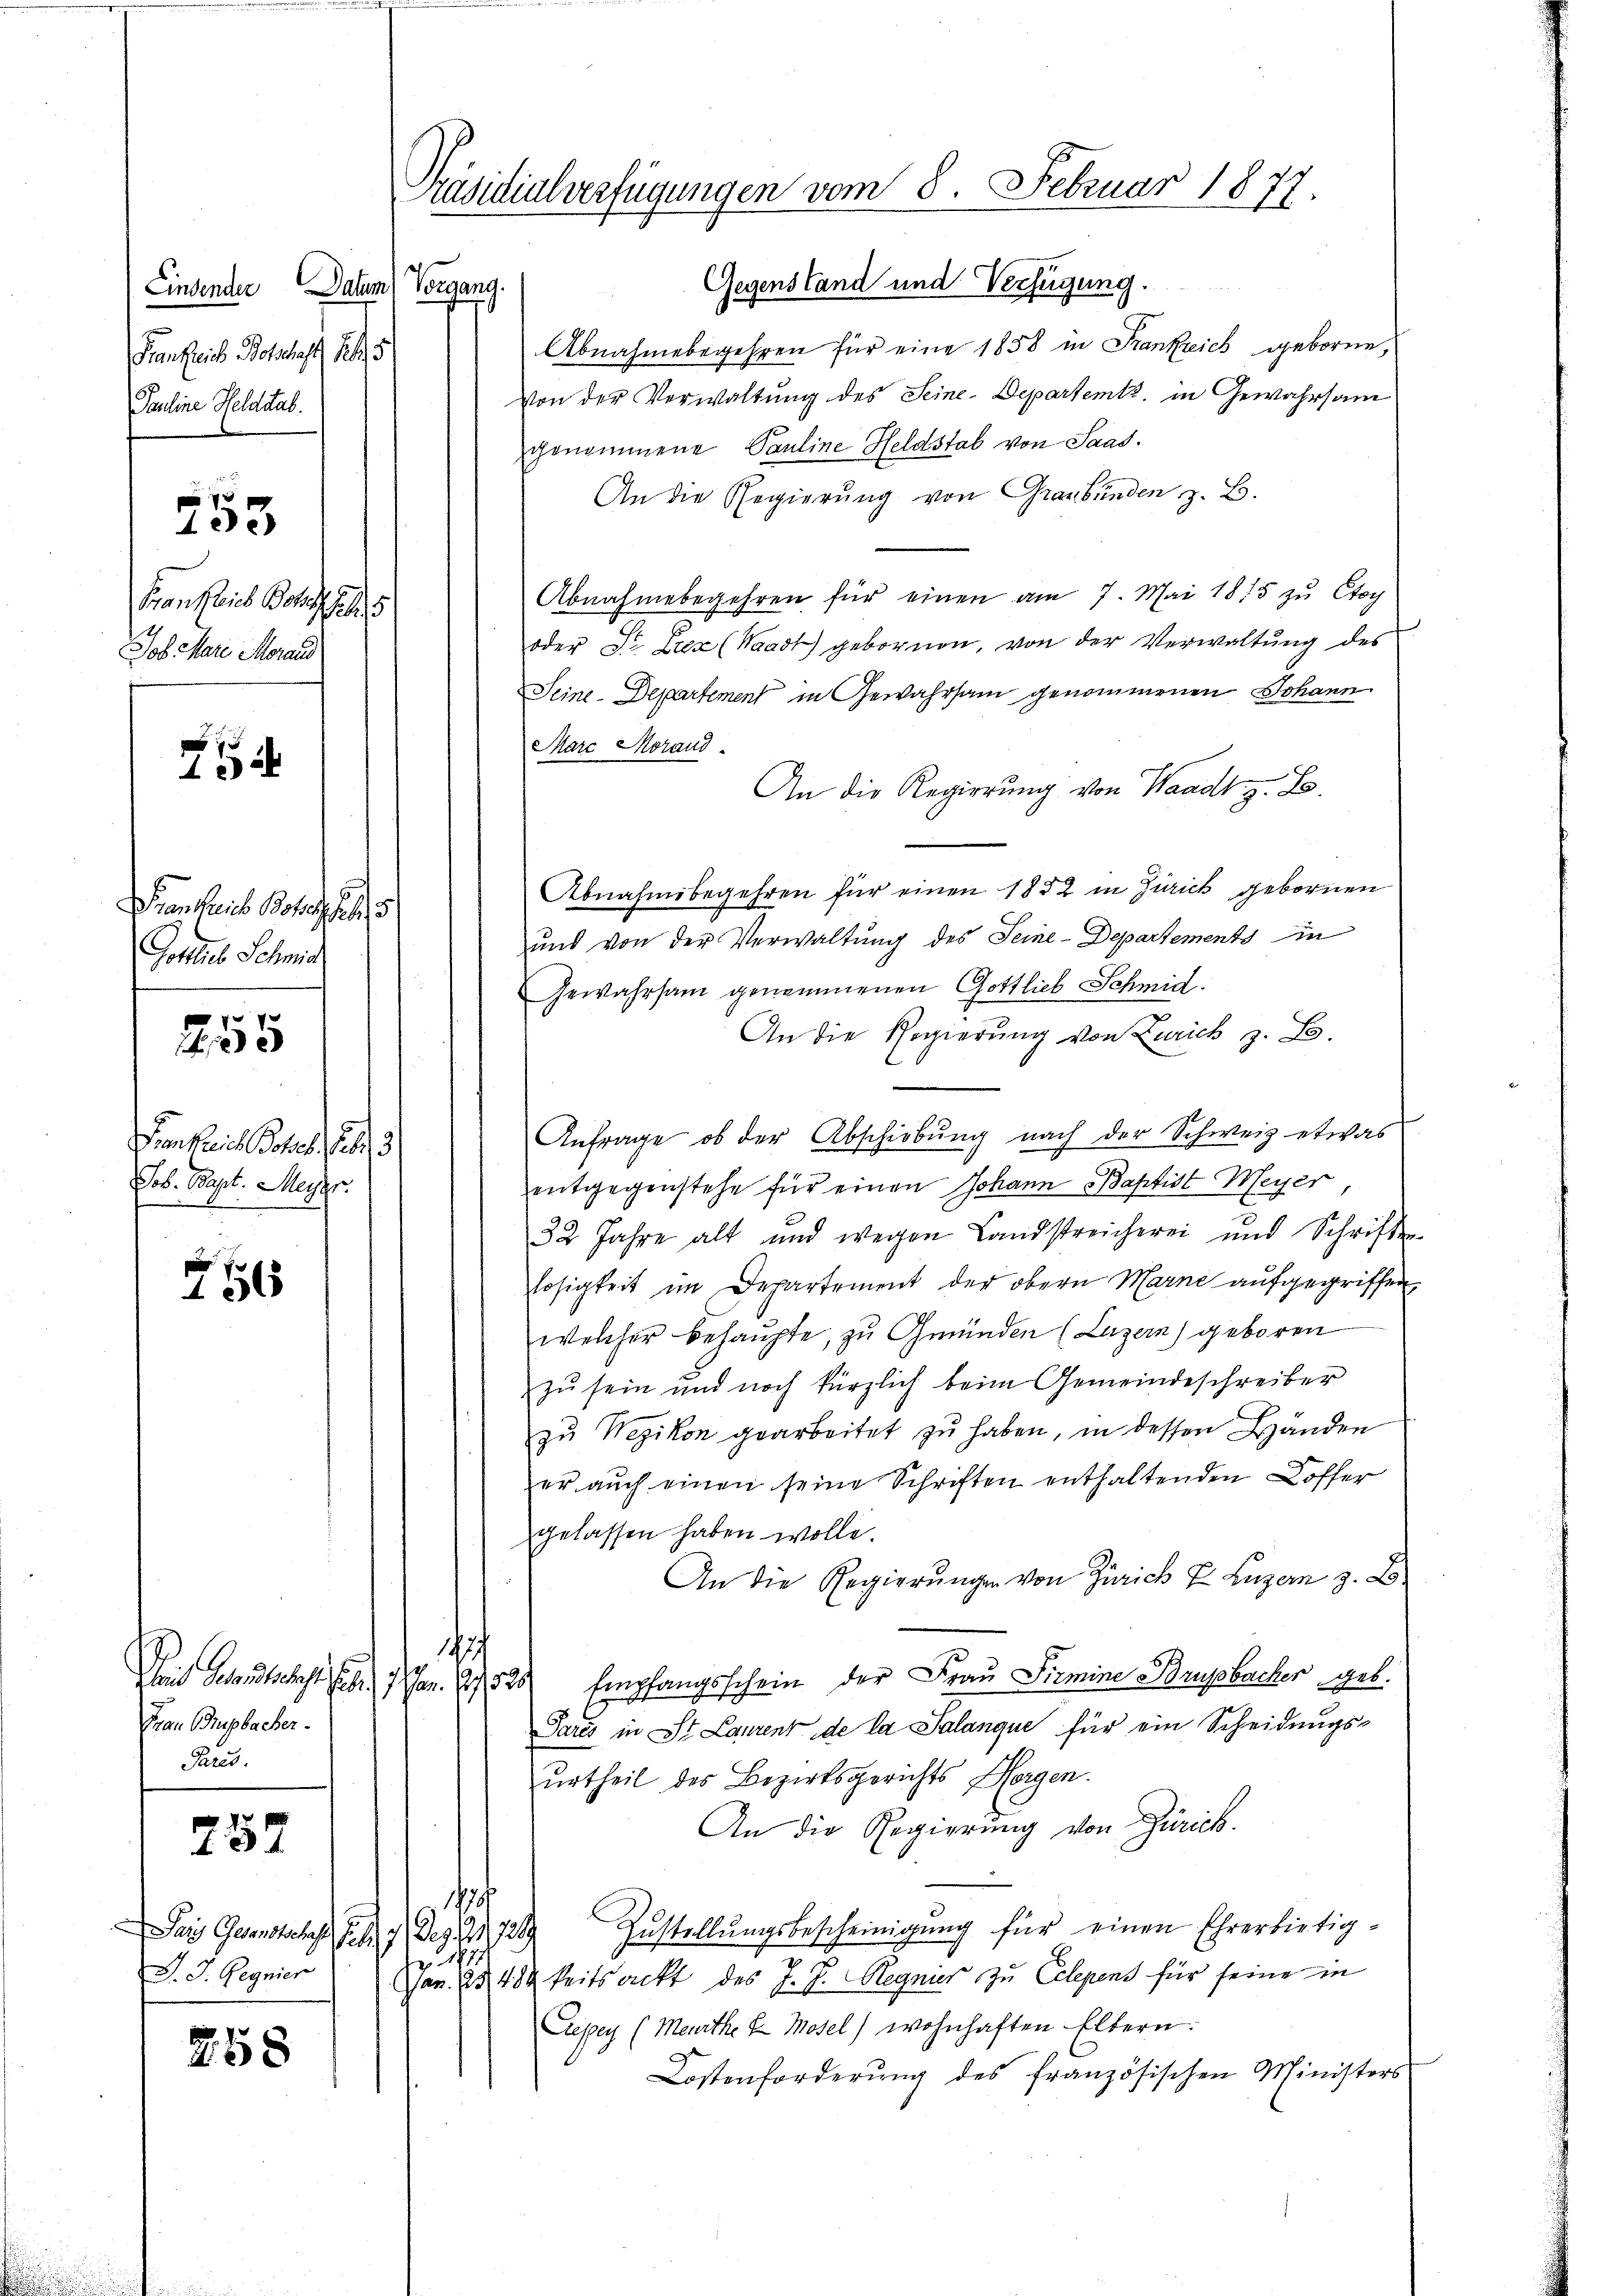
Lindender Datum
Frankreis Botschaft 1875
Pauline Heldstab.

e
133

Frankreis Botsch
Job Mare Moraus

1

Manches Boten hat
Gottes Schmid

55

Die Paris Boten
Job. Bapt. Meyer

26

Frau Brupbacher.
Paris.

757

Das Gernstehen S. 119.) Das 2, 1789
J. J. Gegnier

258

Präsidialverfügungen vom 8. Februar 1877.

Gegenstand und Verfügung.
Vorgang.
guch
Abnahmebegehren für eine 1858 in Frankreich geboren,
Von der Verwaltung des Seine-Departemtz, in Gewahrsam
genommene Pauline Heldstab von Saad.
An die Regierung von Graubünden z. B.
Abnahmebegehren für einen am 7. Mai 1815 zu Ctoy
oder St. Liez (Waadt) gebornen, von der Verwaltung des
Seine-Departement in Gewahrsam genommenen Johann
Marc Morand
An die Regierung von Waadt z. B.
Abnahmsbegehren für einen 1882 in Zürick gebornen
und von der Verwaltung des Seine-Departements in
Gewahrsam genommenen Gottlieb Schmid.
An die Regierung von Zürich z. B.
Anfrage, ob der Abschiebung nach der Schweiz etwas
entgegenstehe für einen Johann Baptist Meyer
32 Jahre alt und wegen Landstreicherei und Schriften
losigkeit im Departement der obern Marne aufgegriffen,
welcher behaupte, zu Gmünden (Luzern) geboren
zu sein und noch kürzlich beim Gemeindeschreiber
zu Wezikon gearbeitet zu haben, in dessen Händen
er auch einen seine Schriften enthaltenden Koffer
gelassen haben wolle.
An die Regierungen von Zürich u. Luzern 3. L
197.
Das Gesandtschaft Erbr. 1. Jan. 1525 Empfangsschein der Frau Pirmine Brupbacher geb.
Parés in St. Laurent de la Salanque für ein Scheidungs-
urtheil des Bezirksgerichts Horgen.
An die Regierung von Zürich.
.
Zustellungsbescheinigung für einen Ehrerbietigz. 187.
Jan. 234keitsackt des J. J. Regnies zu Celegens für seine in
Liegen (Meurthe & Mosel) wohnhaften Eltern.
Kostenforderung des französischen Ministers